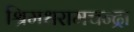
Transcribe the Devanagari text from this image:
श्रिमधरामचन्द्रा